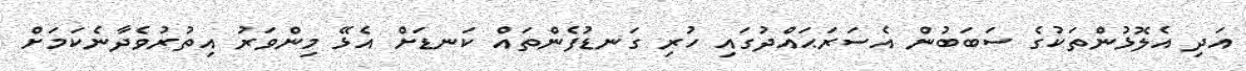
އަދި އެލޮޅުންތަކުގެ ސަބަބުން އެސަރަޙައްދުގައި ހުރި ގަނޑުފެންތައް ކަނޑަށް އެޅޭ މިންވަރު އިތުރުވެދާނެކަމަށް